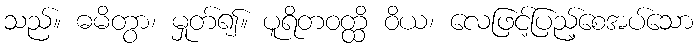
သည်။ ဓမိတွာ၊ မှုတ်၍။ ပူရိတဝတ္ထိ ဝိယ၊ လေဖြင့်ပြည့်စေအပ်သော